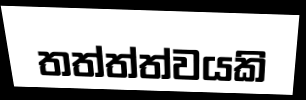
තත්ත්ත්වයකි